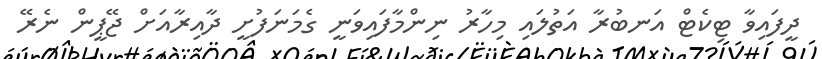
ދީފައިވާ ޓިކެޓް އަނބުރާ އަތުލައި މިހާރު ނިންމާފައިވަނީ ގެމަނަފުށީ ދާއިރާއަށް ޖޭޕީން ނެރޭ